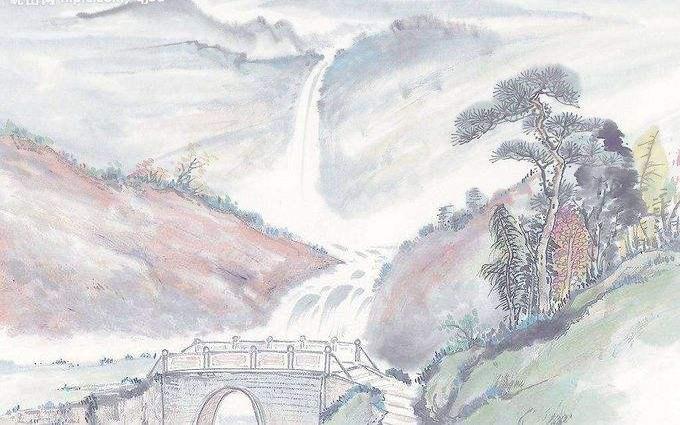
九月寒砧催木叶，十年征戍忆辽阳。